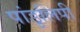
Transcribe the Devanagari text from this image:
पांडुलिपी